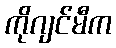
ကိုဂျင်မီက